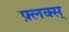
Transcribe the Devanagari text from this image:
फ़्लक्स्